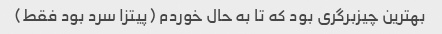
بهترین چیزبرگری بود که تا به حال خوردم (پیتزا سرد بود فقط)